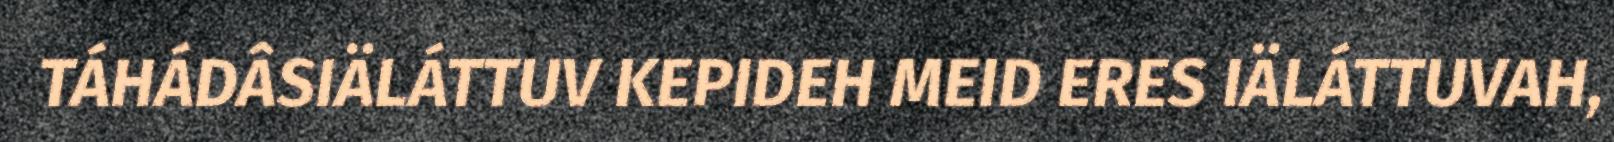
TÁHÁDÂSIÄLÁTTUV KEPIDEH MEID ERES IÄLÁTTUVAH,